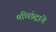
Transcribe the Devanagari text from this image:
मच्छिंद्राने